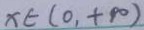
x \in ( 0 , + \infty )